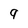
Character: 9